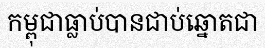
កម្ពុជាធ្លាប់បានជាប់ឆ្នោតជា